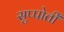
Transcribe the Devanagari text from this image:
सुप्पोर्तीं